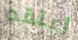
أعتقد